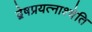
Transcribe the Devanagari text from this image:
द्वेषप्रयत्नाश्चेति